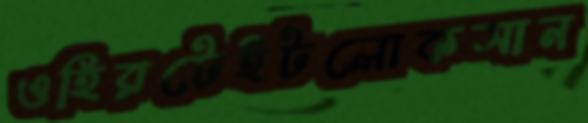
ওহিরটেইটলোকসান